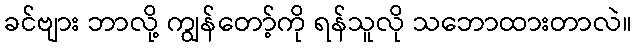
ခင်ဗျား ဘာလို့ ကျွန်တော့်ကို ရန်သူလို သဘောထားတာလဲ။